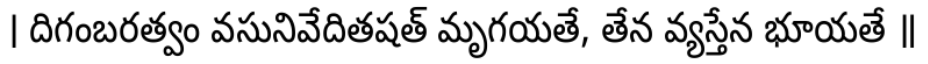
। దిగంబరత్వం వసునివేదితషత్ మృగయతే, తేన వ్యస్తేన భూయతే ॥